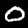
Digit: 0